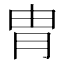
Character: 胄